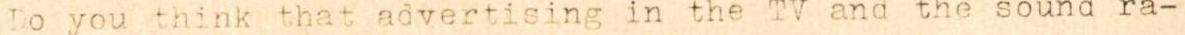
Do you think that advertising in the TV and the sound ra-